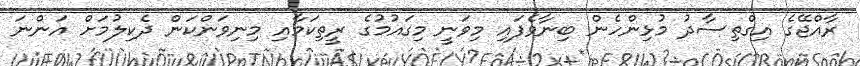
ރާއްޖޭގެ އިގްތިސާދު މުޅިންހެން ބިނާވެފައި މިވަނީ މިގައުމުގެ ރީތިކަމާއި މިނިވަންކަން ދެކިލުމަށް އަންނަ